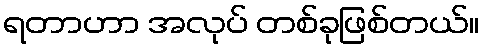
ရတာဟာ အလုပ် တစ်ခုဖြစ်တယ်။